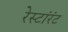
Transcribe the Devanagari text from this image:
रेस्टांरंट